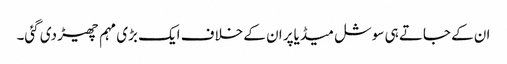
ان کے جاتے ہی سوشل میڈیاپر ان کے خلاف ایک بڑی مہم چھیڑ دی گئی۔